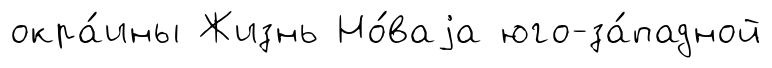
окра́ины Жизнь Но́ваjа юго-за́падной